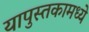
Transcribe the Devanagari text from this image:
यापुस्तकामध्ये